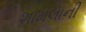
શામલાની